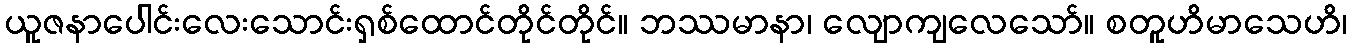
ယူဇနာပေါင်းလေးသောင်းရှစ်ထောင်တိုင်တိုင်။ ဘဿမာနာ၊ လျောကျလေသော်။ စတူဟိမာသေဟိ၊